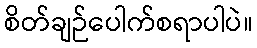
စိတ်ချဉ်ပေါက်စရာပါပဲ။